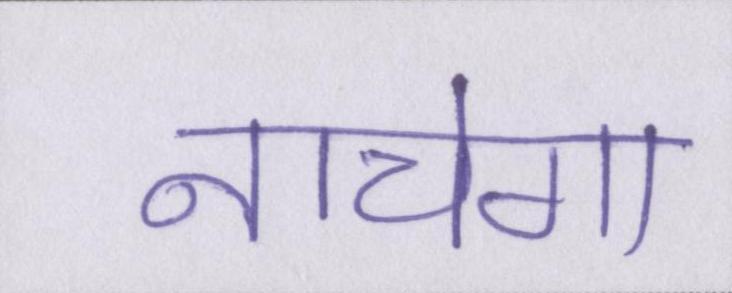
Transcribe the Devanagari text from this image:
नाचेगा